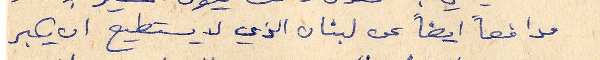
مدافعاً ايضاً عن لبنان الذي لا يستطيع ان يكبر